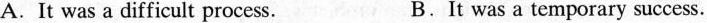
A.It was a difficult process. B.It was a temporary success.